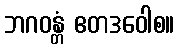
ဘဂဝန္တံ ဧတဒဝေါစ။